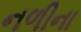
નળીના